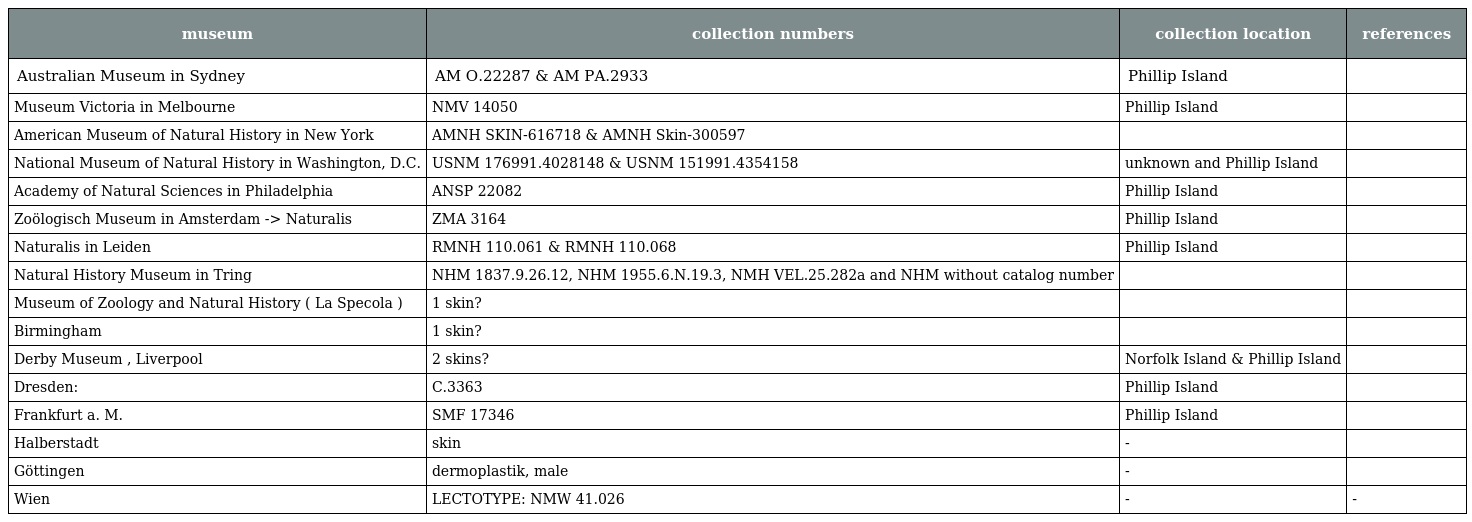
| museum | collection numbers | collection location | references |
 | --- | --- | --- | --- |
 | Australian Museum in Sydney | AM O.22287 & AM PA.2933 | Phillip Island |  |
 | Museum Victoria in Melbourne | NMV 14050 | Phillip Island |  |
 | American Museum of Natural History in New York | AMNH SKIN-616718 & AMNH Skin-300597 |  |  |
 | National Museum of Natural History in Washington, D.C. | USNM 176991.4028148 & USNM 151991.4354158 | unknown and Phillip Island |  |
 | Academy of Natural Sciences in Philadelphia | ANSP 22082 | Phillip Island |  |
 | Zoölogisch Museum in Amsterdam -> Naturalis | ZMA 3164 | Phillip Island |  |
 | Naturalis in Leiden | RMNH 110.061 & RMNH 110.068 | Phillip Island |  |
 | Natural History Museum in Tring | NHM 1837.9.26.12, NHM 1955.6.N.19.3, NMH VEL.25.282a and NHM without catalog number |  |  |
 | Museum of Zoology and Natural History ( La Specola ) | 1 skin? |  |  |
 | Birmingham | 1 skin? |  |  |
 | Derby Museum , Liverpool | 2 skins? | Norfolk Island & Phillip Island |  |
 | Dresden: | C.3363 | Phillip Island |  |
 | Frankfurt a. M. | SMF 17346 | Phillip Island |  |
 | Halberstadt | skin | - |  |
 | Göttingen | dermoplastik, male | - |  |
 | Wien | LECTOTYPE: NMW 41.026 | - | - |